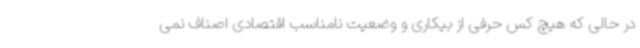
در حالی که هیچ کس حرفی از بیکاری و وضعیت نامناسب اقتصادی اصناف نمی